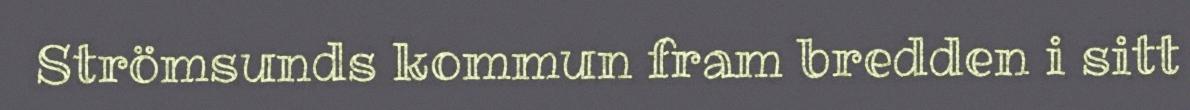
Strömsunds kommun fram bredden i sitt